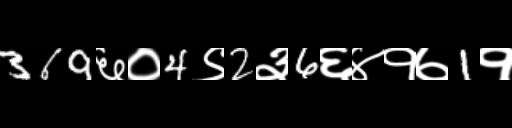
Text: 369६०4९2३6६४१७1१